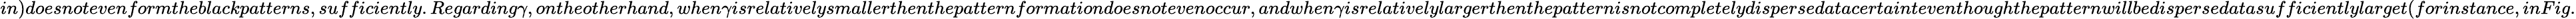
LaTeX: in)doesnotevenformtheblackpatterns,sufficiently.Regarding\gamma,ontheotherhand,when\gamma isrelativelysmallerthenthepatternformationdoesnotevenoccur,andwhen\gamma isrelativelylargerthenthepatternisnotcompletelydispersedatacertainteventhoughthepatternwillbedispersedatasufficientlylarget(forinstance,inFig.